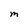
Character: m